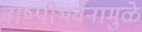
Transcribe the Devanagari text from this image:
बाष्पीभवनामुळे